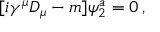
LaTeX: [ i \gamma ^ { \mu } D _ { \mu } - m ] \psi _ { 2 } ^ { a } = 0 \, ,